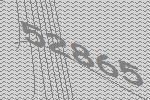
52865